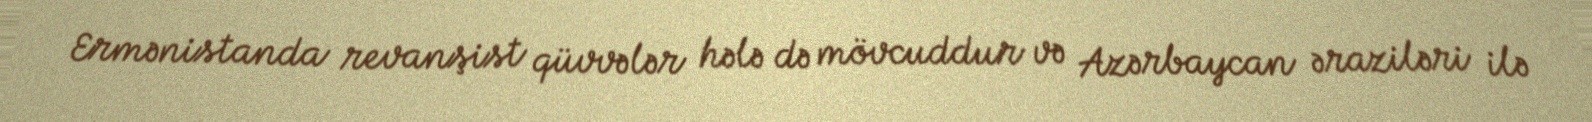
Ermənistanda revanşist qüvvələr hələ də mövcuddur və Azərbaycan əraziləri ilə